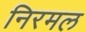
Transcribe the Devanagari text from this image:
निरमल